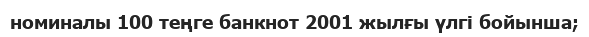
номиналы 100 теңге банкнот 2001 жылғы үлгі бойынша;